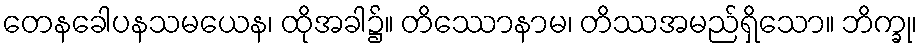
တေနခေါပနသမယေန၊ ထိုအခါ၌။ တိဿောနာမ၊ တိဿအမည်ရှိသော။ ဘိက္ခု၊